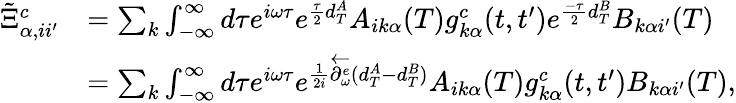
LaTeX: \begin{array}{rl}{\tilde{\Xi}_{\alpha,ii^{\prime}}^{c}}&{=\sum_{k}\int_{-\infty}^{\infty}d\tau e^{i\omega\tau}e^{\frac{\tau}{2}d_{T}^{A}}A_{ik\alpha}(T)g_{k\alpha}^{c}(t,t^{\prime})e^{\frac{-\tau}{2}d_{T}^{B}}B_{k\alpha i^{\prime}}(T)}\\ &{=\sum_{k}\int_{-\infty}^{\infty}d\tau e^{i\omega\tau}e^{\frac{1}{2i}\overleftarrow{\partial_{\omega}^{e}}(d_{T}^{A}-d_{T}^{B})}A_{ik\alpha}(T)g_{k\alpha}^{c}(t,t^{\prime})B_{k\alpha i^{\prime}}(T),}\end{array}